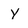
Character: Y